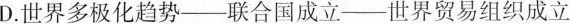
D.世界多极化趋势——联合国成立——世界贸易组织成立